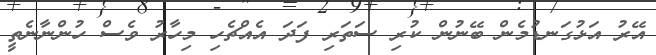
އޭރު އަޅުގަނޑުމެން ބޭނުން ކުރި ސަތަރި ފަދަ އެއްޗެހި މިހާރު ވެސް ހުންނާނެތީ